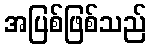
အပြစ်ဖြစ်သည်